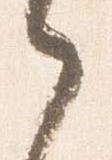
之